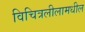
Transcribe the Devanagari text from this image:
विचित्रलीलामधील